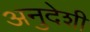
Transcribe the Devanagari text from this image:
अनुदेशी